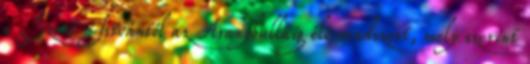
a Szent Istvántól az Aranybulláig élő rendszert, mely szerint